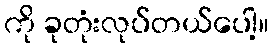
ကို ခုတုံးလုပ်တယ်ပေါ့။